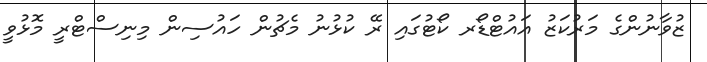
ޒުވާނުންގެ މަރުކަޒު އައުޓްޑޯރ ކޯޓުގައި ރޭ ކުޅުނު މެޗުން ހައުސިން މިނިސްޓްރީ މޮޅުވީ